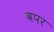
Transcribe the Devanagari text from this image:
वपर